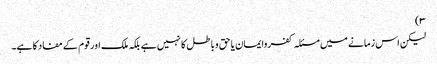
۳)
لیکن اس زمانے میں مسئلہ کفروایمان یا حق وباطل کا نہیں ہے بلکہ ملک اور قوم کے مفاد کا ہے۔